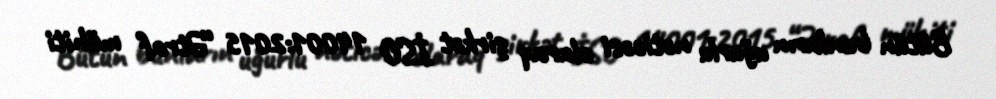
Bütün bunların uğurlu nəticəsi olaraq şirkət İSO 14001:2015 “Ətraf mühiti